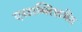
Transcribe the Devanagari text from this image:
एस्टाब्लिशमेंट